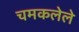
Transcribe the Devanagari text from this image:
चमकलेले